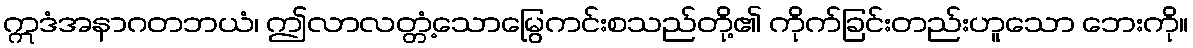
ဣဒံအနာဂတဘယံ၊ ဤလာလတ္တံ့သောမြွေကင်းစသည်တို့၏ ကိုက်ခြင်းတည်းဟူသော ဘေးကို။